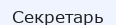
Секретарь